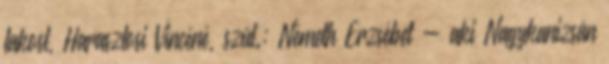
lakost, Harasztosi Vincéné, szül.: Németh Erzsébet - aki Nagykanizsán